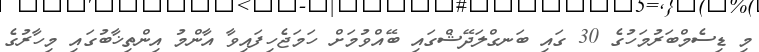
މި ޑިސެމްބަރުމަހުގެ 30 ގައި ބަނގްލަދޭޝްގައި ބޭއްވުމަށް ހަމަޖެހިފައިވާ އާންމު އިންތިޚާބުގައި މިހާރުގެ